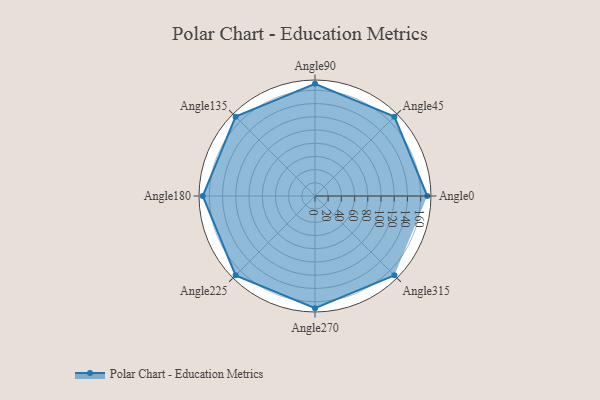
{"axis": {"x": "Angle", "y": "Radius"}, "legend": [""], "data": [{"x": "Angle0", "y": 170, "type": ""}, {"x": "Angle45", "y": 170, "type": ""}, {"x": "Angle90", "y": 170.0, "type": ""}, {"x": "Angle135", "y": 170, "type": ""}, {"x": "Angle180", "y": 170, "type": ""}, {"x": "Angle225", "y": 170, "type": ""}, {"x": "Angle270", "y": 170, "type": ""}, {"x": "Angle315", "y": 170, "type": ""}]}